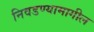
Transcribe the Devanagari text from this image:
निवडण्यामागील